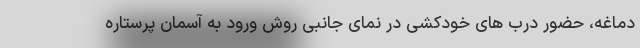
دماغه، حضور درب های خودکشی در نمای جانبی روش ورود به آسمان پرستاره